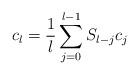
LaTeX: \begin{align*}c_l=\frac{1}{l}\sum_{j=0}^{l-1}S_{l-j}c_j \end{align*}